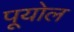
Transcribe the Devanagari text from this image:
पूयोल